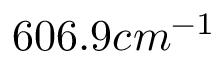
6 0 6 . 9 c m ^ { - 1 }